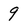
Character: 9